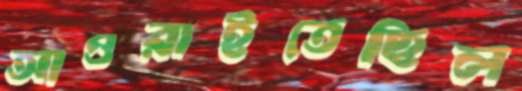
আওরাইতেছিল